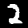
Label: 2